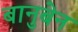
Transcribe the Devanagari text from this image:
बानुबेन